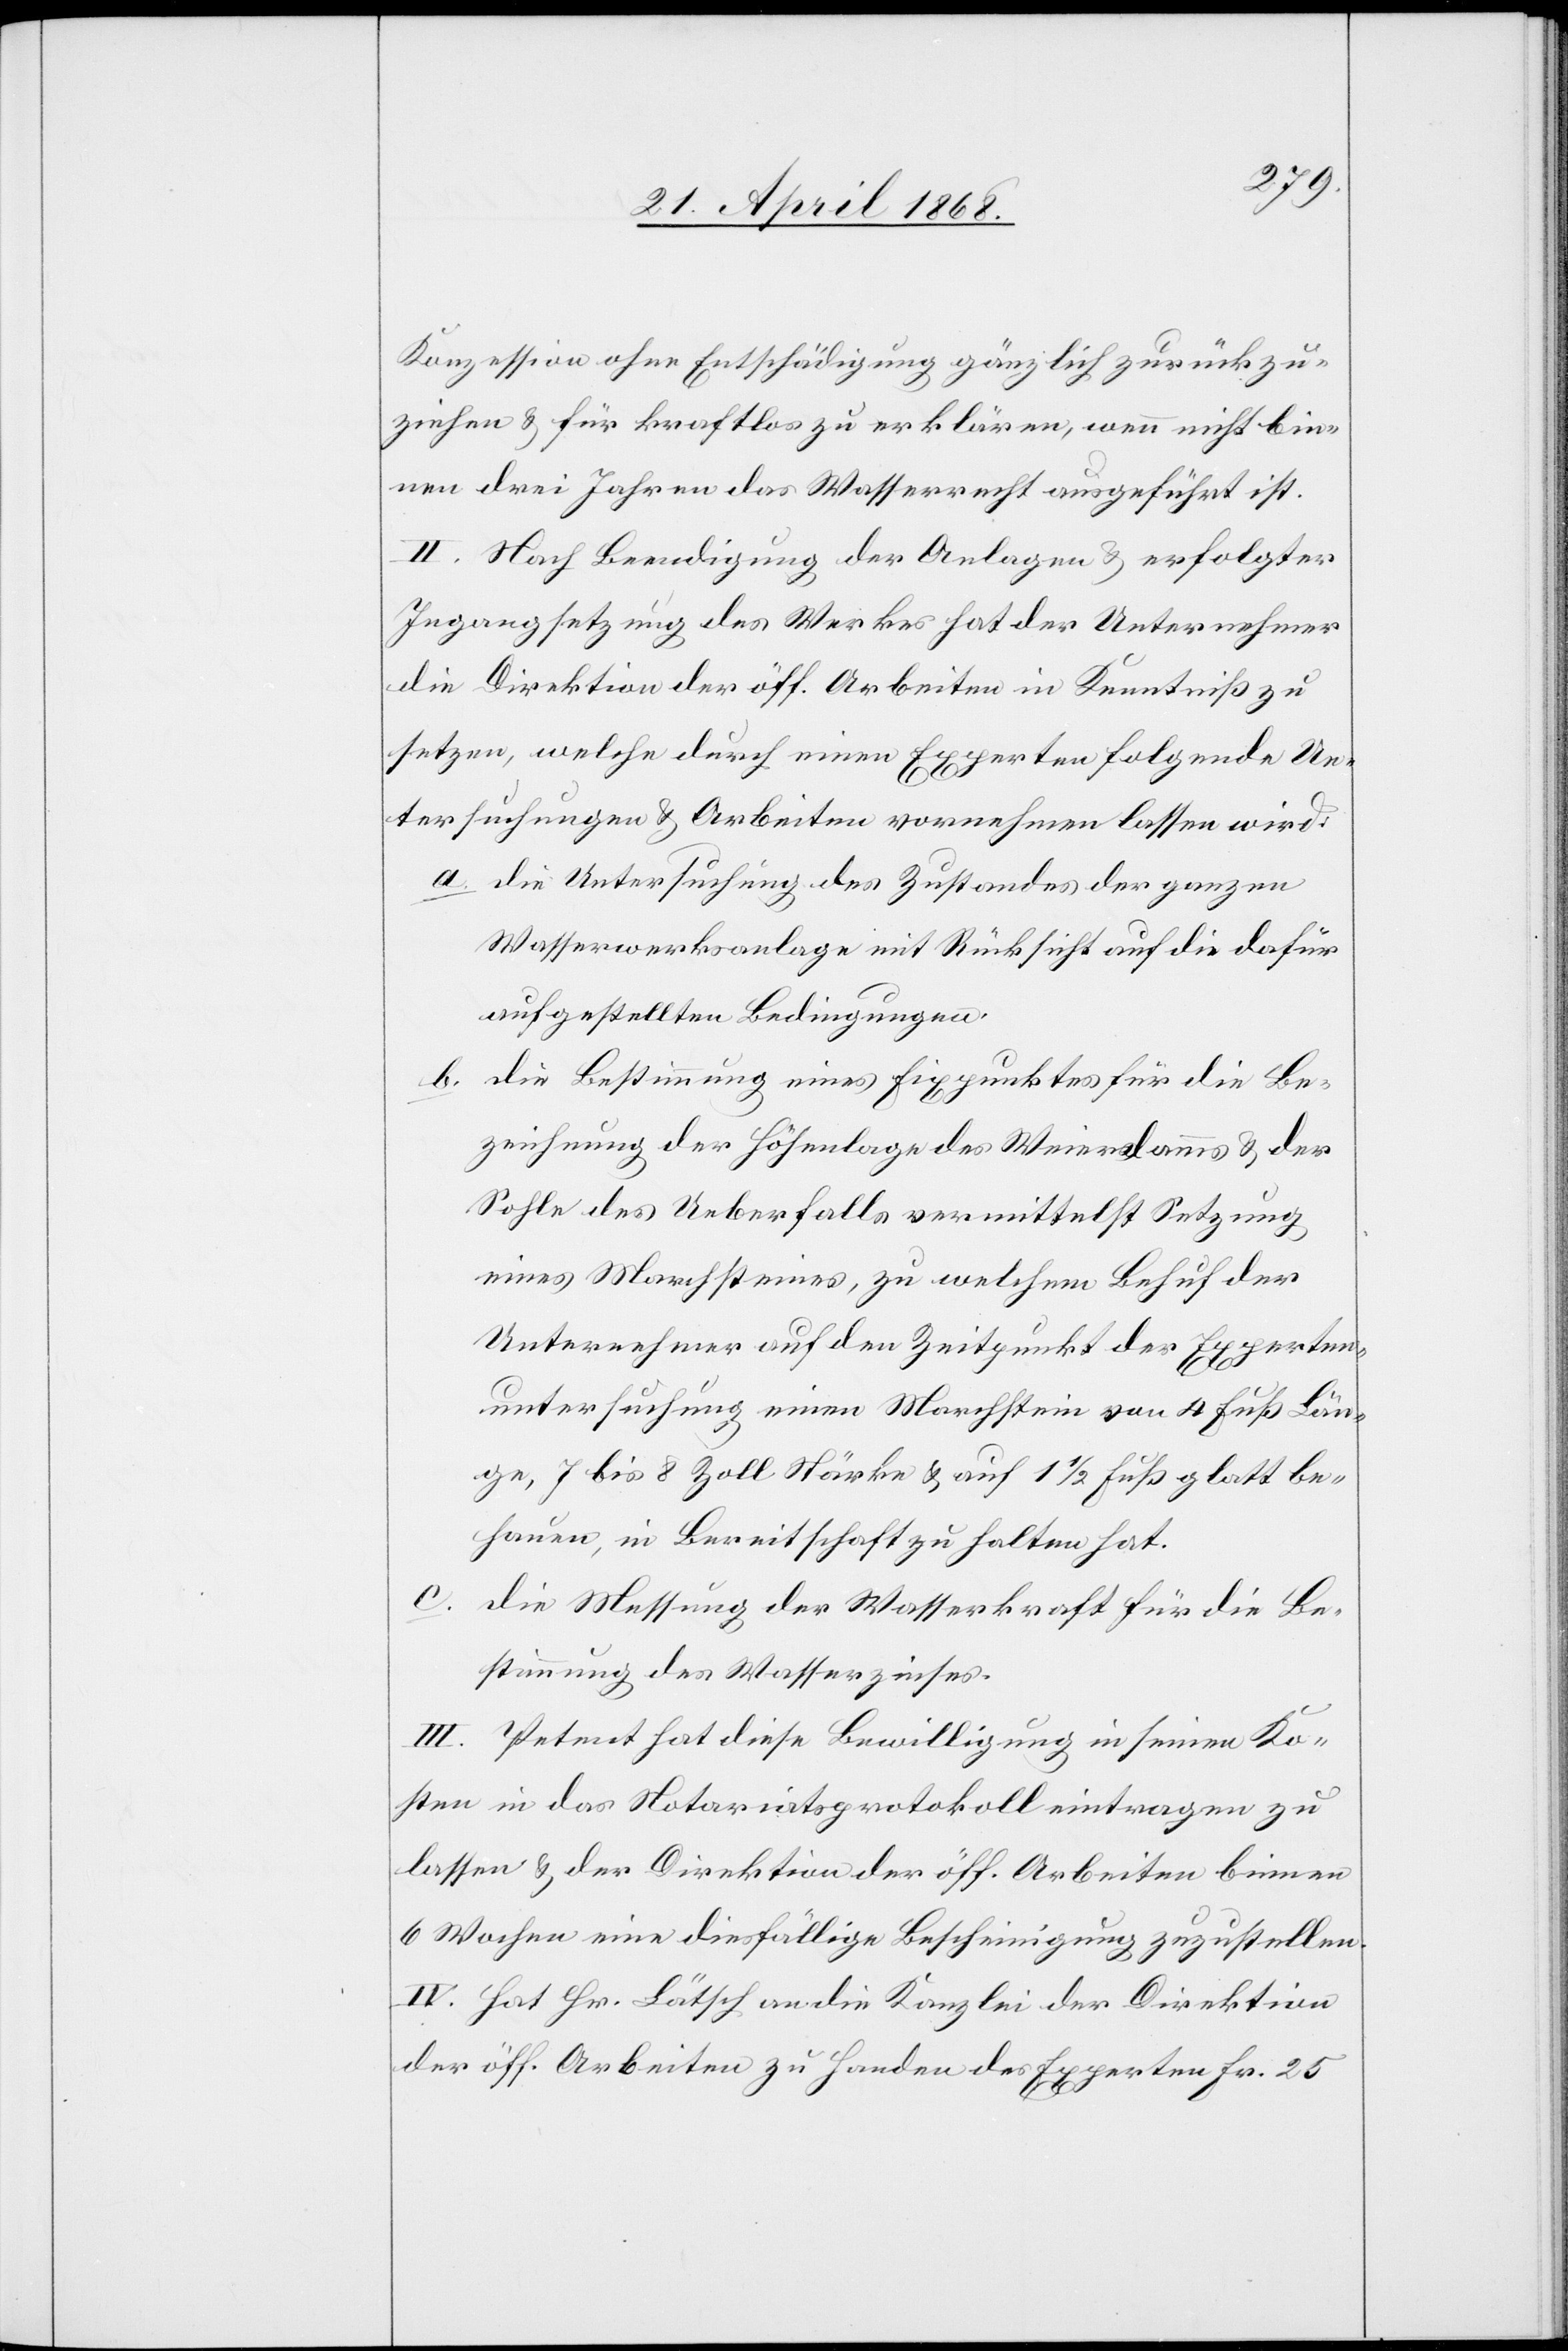
Konzession ohne Entschädigung gänzlich zurückzu¬
ziehen & für kraftlos zu erklären, wenn nicht bin¬
nen drei Jahren das Wasserrecht ausgeführt ist.
II. Nach Beendigung der Anlagen & erfolgter
Ingangsetzung des Werkes hat der Unternehmer
die Direktion der öff. Arbeiten in Kenntniß zu
setzen, welche durch einen Experten folgende Un¬
tersuchungen & Arbeiten vornehmen lassen wird:
die Untersuchung des Zustandes der ganzen
Wasserwerksanlage mit Rücksicht auf die dafür
aufgestellten Bedingungen.
die Bestimmung eines Fixpunktes für die Be¬
zeichnung der Höhenlage des Weierdamms & der
Sohle des Ueberfalls vermittelst Setzung
eines Marchsteines, zu welchem Behuf der
Unternehmer auf den Zeitpunkt der Experten¬
untersuchung einen Marchstein von 4 Fuß Län¬
ge, 7 bis 8 Zoll Stärke & auf 1 1/2 Fuß glatt be¬
hauen, in Bereitschaft zu halten hat.
c.
die Messung der Wasserkraft für die Be¬
stimmung des Wasserzinses.
III. Petent hat diese Bewilligung in seinen Ko¬
sten in das Notariatsprotokoll eintragen zu
lassen & der Direktion der öff. Arbeiten binnen
6 Wochen eine diesfällige Bescheinigung zuzustellen.
IV. Hat Hr. Lätsch an die Kanzlei der Direktion
der öff. Arbeiten zu Handen des Experten Fr. 25